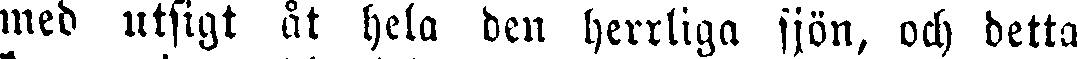
med utsigt åt hela den herrliga sjön, och detta